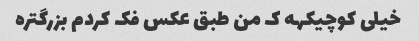
خیلی کوچیکهه ک من طبق عکس فک کردم بزرگتره